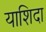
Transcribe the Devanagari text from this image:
याशिदा